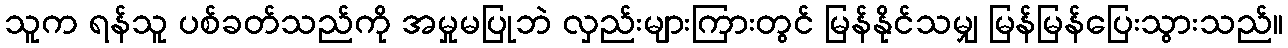
သူက ရန်သူ ပစ်ခတ်သည်ကို အမှုမပြုဘဲ လှည်းများကြားတွင် မြန်နိုင်သမျှ မြန်မြန်ပြေးသွားသည်။